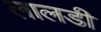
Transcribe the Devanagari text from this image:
लालडी